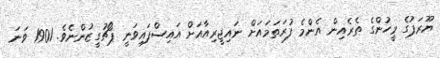
ޔޫރަޕުގެ މީހުންގެ ތެރެއިން އެންމެ ފުރަތަމައަށް ނައިޖީރިއާއަށް އައިސްފައިވަނީ ޕޯޗުގީޒުންނެވެ. 1901 ވަނަ